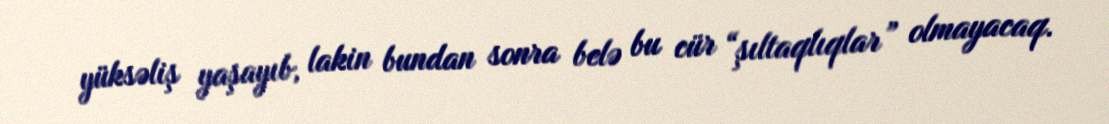
yüksəliş yaşayıb, lakin bundan sonra belə bu cür “şıltaqlıqlar” olmayacaq.